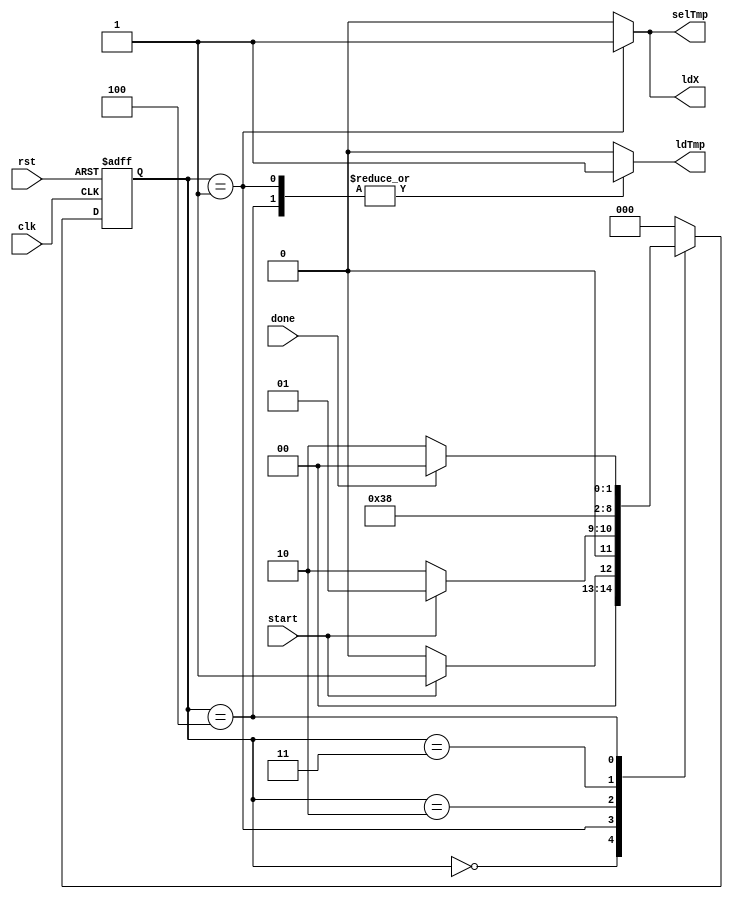
`define IDLE 3'd0
`define INIT 3'd1
`define MUL  3'd2
`define ADD  3'd3
`define LD   3'd4

module CU(input clk,
          rst,
          start,
          done,
          output reg ldTmp,
          selTmp,
          ldX);
    
    reg [2:0] ns, ps;
    
    always @(*) begin
        case (ps)
            `IDLE  : ns = (start)? `INIT: `IDLE;
            `INIT  : ns = (start)? `INIT: `MUL;
            `MUL   : ns = `ADD;
            `ADD   : ns = `LD;
            `LD    : ns = (done)? `IDLE: `MUL;
            default: ns = `IDLE;
        endcase
    end
    
    always @(ps) begin
        {ldX, ldTmp, selTmp} = 3'b0;
        case (ps)
            `INIT: {ldX, ldTmp, selTmp} = 3'b111;
            `LD  : ldTmp                = 1'b1;
        endcase
    end
    
    always @(posedge clk, posedge rst) begin
        if (rst)
            ps <= `IDLE;
        else
            ps <= ns;
    end
    
endmodule